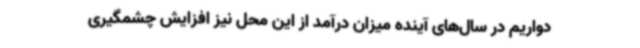
دواریم در سال‌های آینده میزان درآمد از این محل نیز افزایش چشمگیری